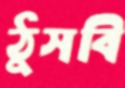
ঠুসবি